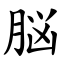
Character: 脳